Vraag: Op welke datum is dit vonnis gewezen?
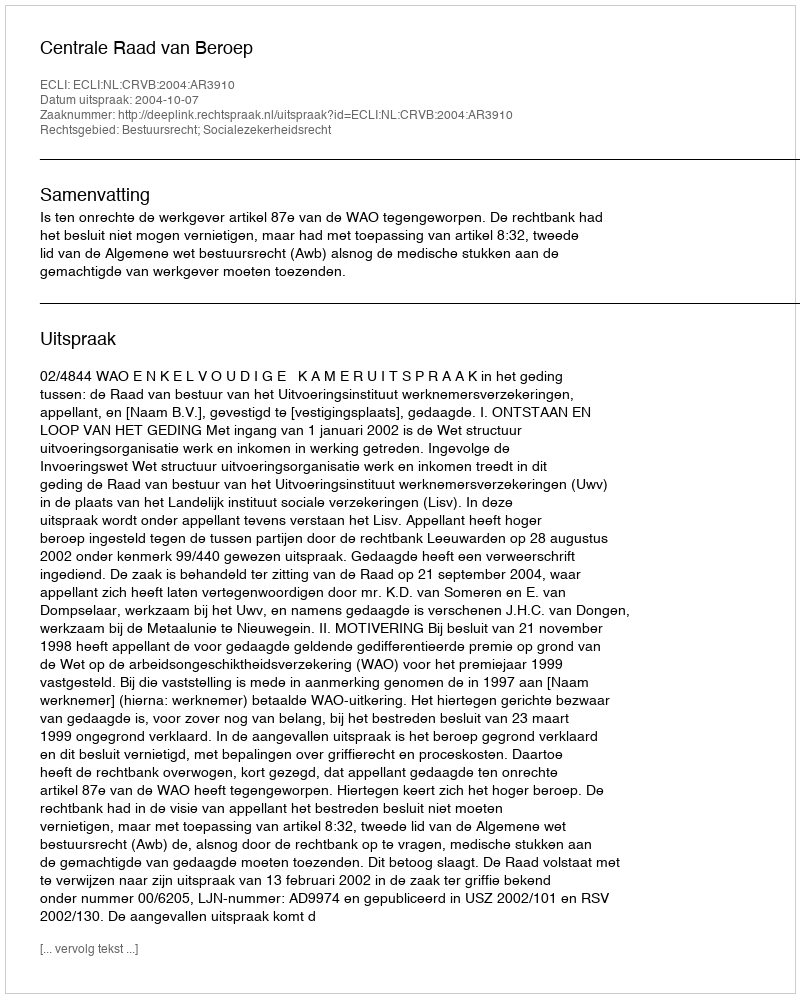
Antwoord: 2004-10-07